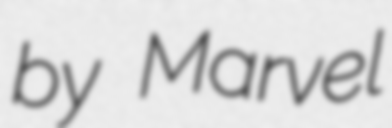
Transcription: by Marvel